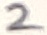
Text: 2